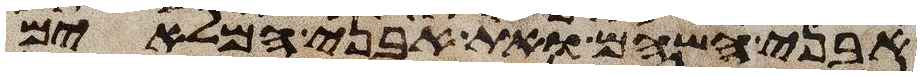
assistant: אבני השהם ואת אבני המלאים